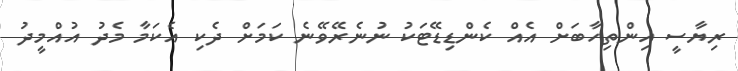
ރިޔާސީ އިންތިހާބަށް އެއް ކެންޑިޑޭޓަކު ނުނެރޭވޭނެ ކަމަށް ދެކި އެކަމާ މެދު އުއްމީދު